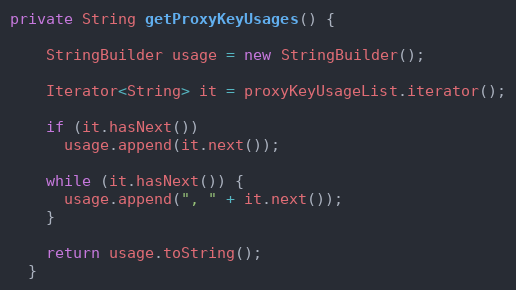
Language: Java
private String getProxyKeyUsages() {

    StringBuilder usage = new StringBuilder();

    Iterator<String> it = proxyKeyUsageList.iterator();

    if (it.hasNext())
      usage.append(it.next());

    while (it.hasNext()) {
      usage.append(", " + it.next());
    }

    return usage.toString();
  }